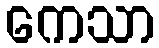
ကေသာ